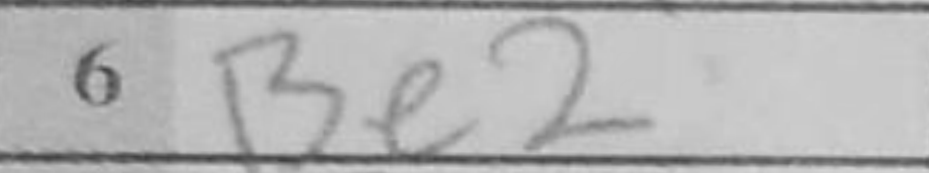
Transcription: Be2